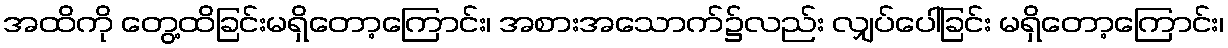
အထိကို တွေ့ထိခြင်းမရှိတော့ကြောင်း၊ အစားအသောက်၌လည်း လျှပ်ပေါ်ခြင်း မရှိတော့ကြောင်း၊